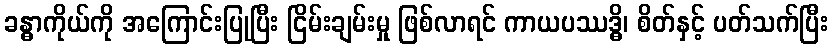
ခန္ဓာကိုယ်ကို အကြောင်းပြုပြီး ငြိမ်းချမ်းမှု ဖြစ်လာရင် ကာယပဿဒ္ဓိ၊ စိတ်နှင့် ပတ်သက်ပြီး